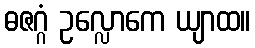
ဓဇဂ္ဂံ ဥလ္လောကေ ယျာထ။